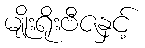
မျိုးရိုးဗီဇနှင့်